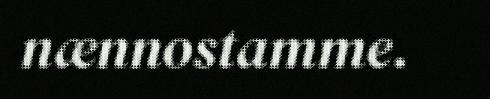
nænnostamme.